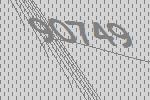
90749